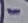
Text: -